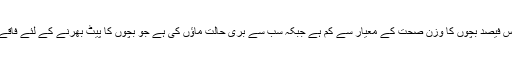
ملک کے پچاس فیصد بچوں کا وزن صحت کے معیار سے کم ہے جبکہ سب سے بری حالت ماؤں کی ہے جو بچوں کا پیٹ بھرنے کے لئے فاقے کر رہی ہیں۔